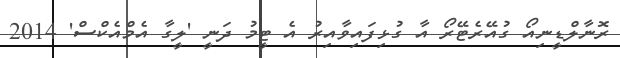
ރޮނާލްޑީނިއޯ ގުއޭރެޓޭރޯ އާ ގުޅިފައިވާއިރު އެ ޓީމު ދަނީ 'ލީގާ އެމްއެކްސް' 2014